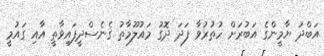
އަބްދު ޔާމީންގެ އަބުރަށް ހުތުރުވާ ފަދަ ދޮގު މައުލޫމާތު ގެނެސްދީފައިވާތީ އާއި ގައުމީ